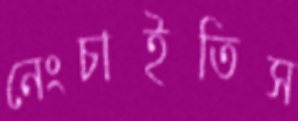
নেংচাইতিস